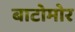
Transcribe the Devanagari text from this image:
बाटोमोर